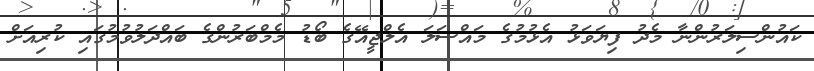
ކައުންސިލަރުންނާ މެދު ފިޔަވަޅު އެޅުމުގެ މައްސަލަ އެލްޖީއޭގެ ބޯޑު މެމްބަރުންގެ ބައްދަލުވުމުގައި ކުރިއަށް